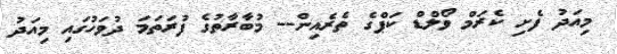
މިއަދު ފެށި ކެރަމް ވޯލްޑް ކަޕްގެ ތެރެއިން-- މުބާރާތުގެ ފުރަތަމަ ދުވަހުގައި މިއަދު